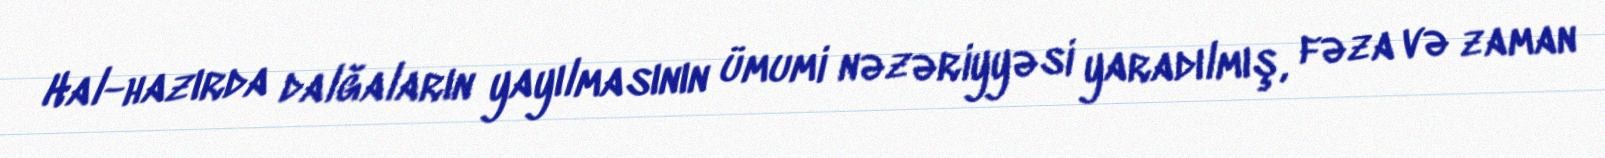
Hal-hazırda dalğaların yayılmasının ümumi nəzəriyyəsi yaradılmış, fəza və zaman